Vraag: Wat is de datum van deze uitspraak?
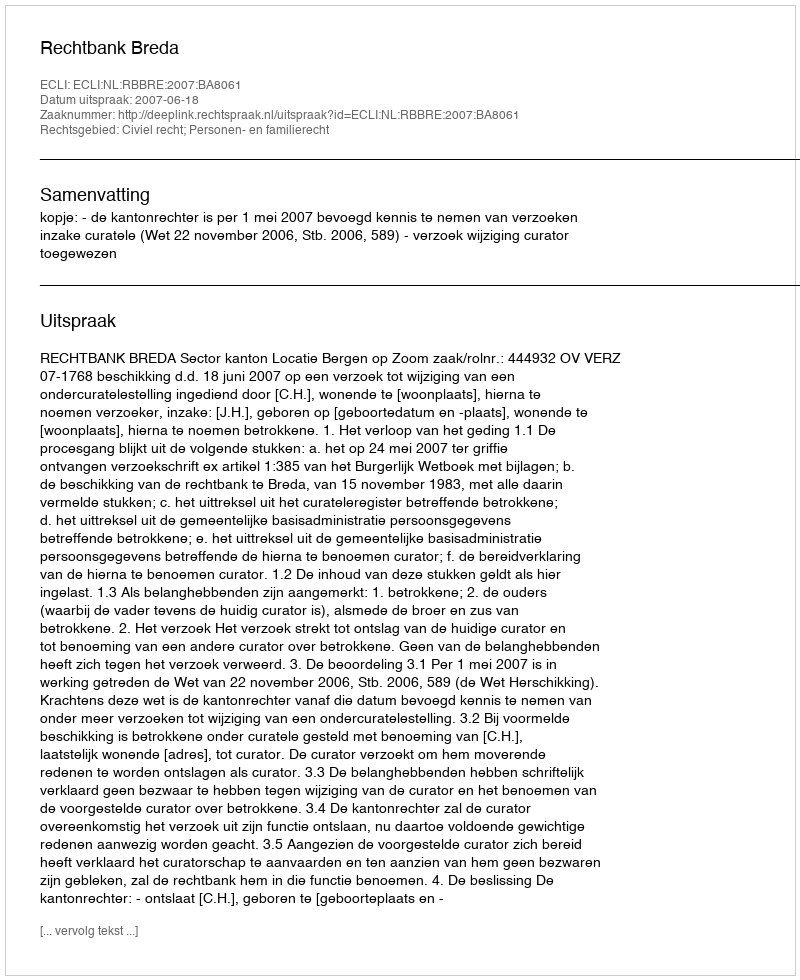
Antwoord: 2007-06-18